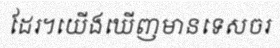
ដែរ។យើងឃើញមានទេសចរ